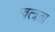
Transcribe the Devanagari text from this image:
स्वत्त्रता